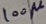
Text: 100µ